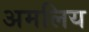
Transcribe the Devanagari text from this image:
अमलिय